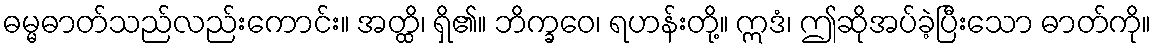
ဓမ္မဓာတ်သည်လည်းကောင်း။ အတ္ထိ၊ ရှိ၏။ ဘိက္ခဝေ၊ ရဟန်းတို့။ ဣဒံ၊ ဤဆိုအပ်ခဲ့ပြီးသော ဓာတ်ကို။